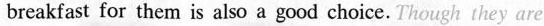
breakfast for them is also a good choice. Though they are